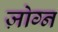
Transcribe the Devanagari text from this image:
ज़ोग्न